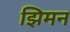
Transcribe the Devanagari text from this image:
झिमन